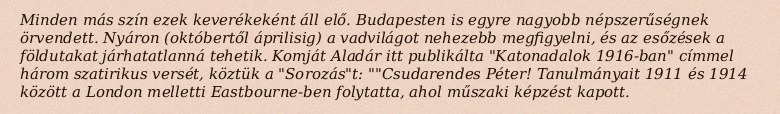
Minden más szín ezek keverékeként áll elő. Budapesten is egyre nagyobb népszerűségnek örvendett. Nyáron (októbertől áprilisig) a vadvilágot nehezebb megfigyelni, és az esőzések a földutakat járhatatlanná tehetik. Komját Aladár itt publikálta "Katonadalok 1916-ban" címmel három szatirikus versét, köztük a "Sorozás"t: ""Csudarendes Péter! Tanulmányait 1911 és 1914 között a London melletti Eastbourne-ben folytatta, ahol műszaki képzést kapott.